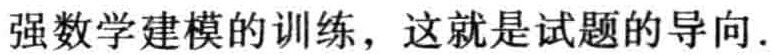
强数学建模的训练，这就是试题的导向.